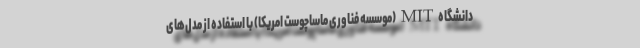
دانشگاه MIT (موسسه فناوری ماساچوست امریکا) با استفاده از مدل‌های